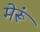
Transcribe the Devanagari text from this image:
मेरूं